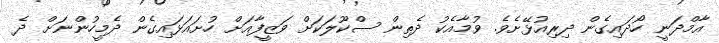
އާމްދަނީ ހޯދައިގެން ދިރިއުޅޭށެވެ. ވުމާއެކު ދެތިން ސްކޫލަކަށް ވަޒީފާއަށް ހުށައަޅައިގެން ދެމީހުންނަށް ދެ